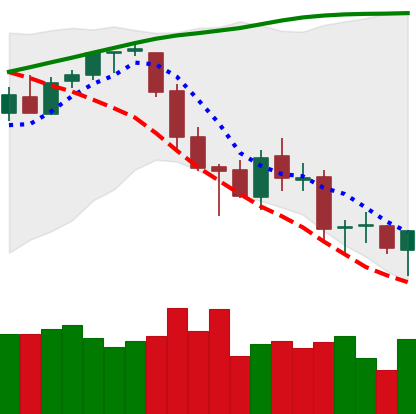
Ticker: BTC-USD
Chart end date: 2018-03-18
Forward return: 7.976%
Label: up_7plus